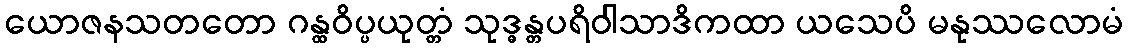
ယောဇနသတတော ဂန္ထဝိပ္ပယုတ္တံ သုဒ္ဓန္တပရိဝါသာဒိကထာ ယသေပိ မနုဿလောမံ